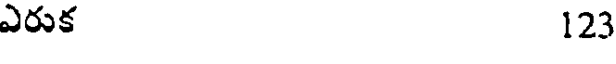
ఎరుక 123